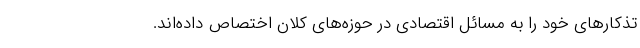
تذکارهای خود را به مسائل اقتصادی در حوزه‌های کلان اختصاص داده‌اند.